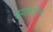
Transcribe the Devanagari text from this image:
इथपर्यंतच